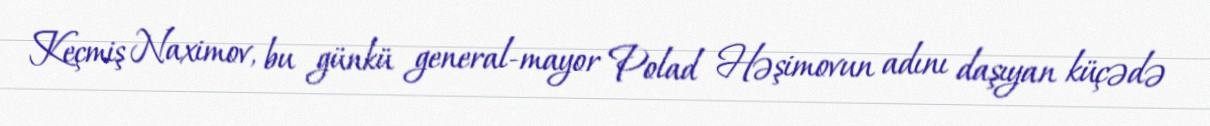
Keçmiş Naximov, bu günkü general-mayor Polad Həşimovun adını daşıyan küçədə